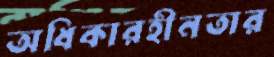
অধিকারহীনতার